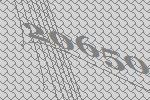
20650